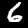
Label: 6